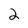
Character: 2